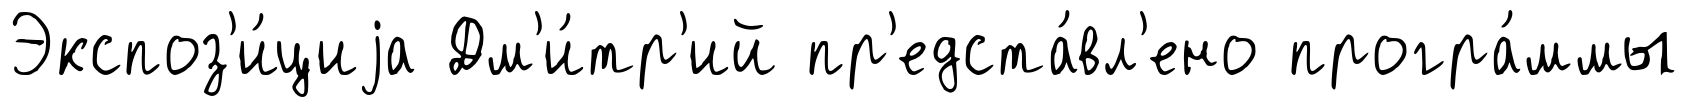
Экспоз'и́циjа Дм'и́тр'ий пр'едста́вл'ено програ́ммы